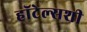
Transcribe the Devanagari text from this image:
हॉटेल्सशी